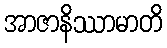
အာဇာနိဿာမာတိ